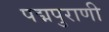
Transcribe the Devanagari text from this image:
पद्मपुराणी